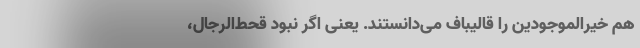
هم خیرالموجودین را قالیباف می‌دانستند. یعنی اگر نبود قحط‌الرجال،